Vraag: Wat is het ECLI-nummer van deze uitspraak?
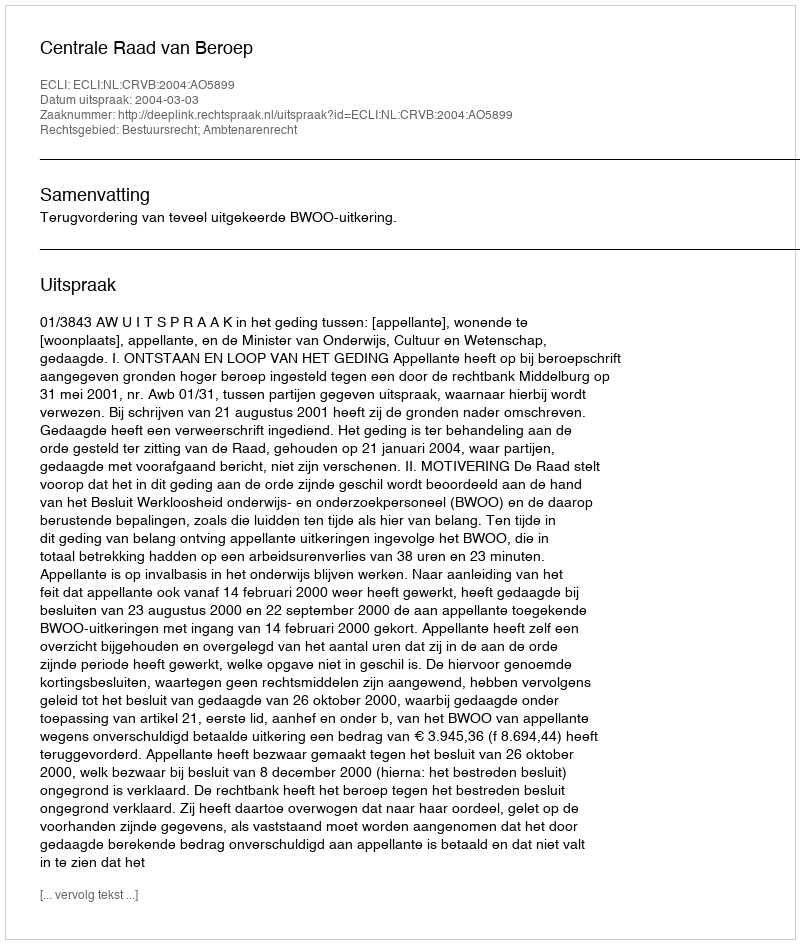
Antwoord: ECLI:NL:CRVB:2004:AO5899